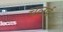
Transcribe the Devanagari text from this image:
चलई